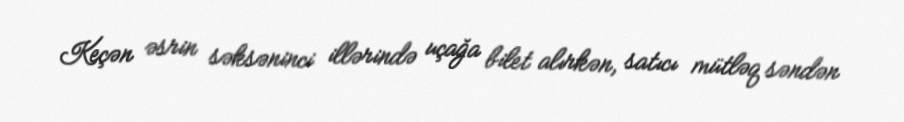
Keçən əsrin səksəninci illərində uçağa bilet alırkən, satıcı mütləq səndən